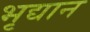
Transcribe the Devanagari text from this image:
भृद्यान